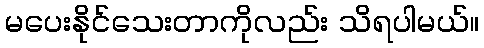
မပေးနိုင်သေးတာကိုလည်း သိရပါမယ်။